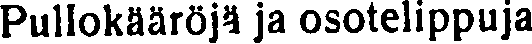
Pullokääröjä ja osotelippuja